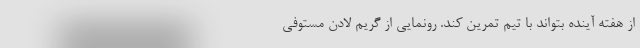
از هفته آینده بتواند با تیم تمرین کند. رونمایی از گریم لادن مستوفی